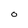
Character: O